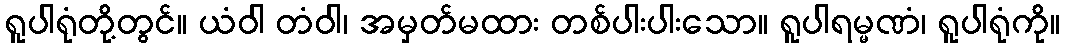
ရူပါရုံတို့တွင်။ ယံဝါ တံဝါ၊ အမှတ်မထား တစ်ပါးပါးသော။ ရူပါရမ္မဏံ၊ ရူပါရုံကို။